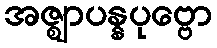
အဇ္ဈာပန္နပုဗ္ဗော